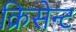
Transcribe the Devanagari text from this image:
क्रिसेन्‍ट